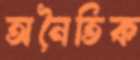
অনৈতিক